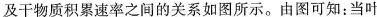
及干物质积累速率之间的关系如图所示。由图可知：当叶